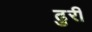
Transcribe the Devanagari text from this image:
ढुरी